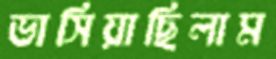
ভাসিয়াছিলাম